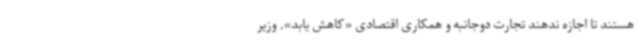
هستند تا اجازه ندهند تجارت دوجانبه و همکاری اقتصادی «کاهش یابد». وزیر